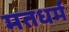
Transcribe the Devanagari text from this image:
मतधर्म